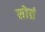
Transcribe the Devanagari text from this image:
सोय्रं